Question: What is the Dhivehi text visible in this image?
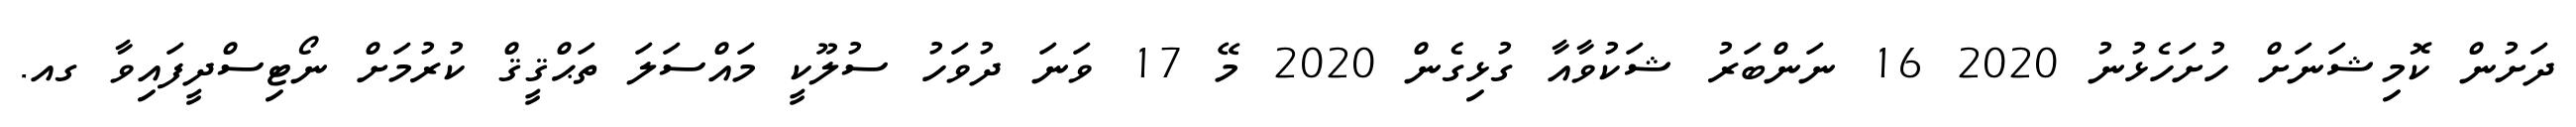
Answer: ދަށުން ކޮމިޝަނަށް ހުށަހެޅުނު 2020 16 ނަންބަރު ޝަކުވާއާ ގުޅިގެން 2020 މޭ 17 ވަނަ ދުވަހު ސުލޫކީ މައްސަލަ ތަޙްޤީޤް ކުރުމަށް ނޯޓިސްދީފައިވާ ގއ.